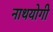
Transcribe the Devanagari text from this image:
नाथयोगी